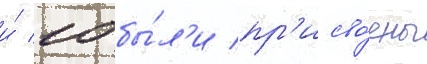
и́ 10 бы́л'и пр'исво́ены